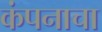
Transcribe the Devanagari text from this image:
कंपनाचा